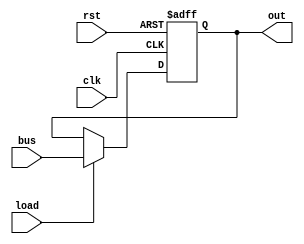
// intruction register (seperate opcode from data)
// the upper 4 bits are the opcode, lower 4 bits are the operand
module ir(
	input clk, 
	input rst,
	input load,
	input[7:0] bus,

	output[7:0] out
);

	reg[7:0] ir;

	always @ (posedge clk, posedge rst)
	begin
		if (rst)
		begin
			ir <= 8'b0;
		end else if (load)
		begin
			ir <= bus;
		end
	end

	assign out = ir;

endmodule